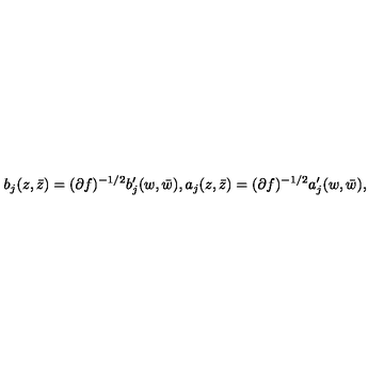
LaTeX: b _ { j } ( z , \bar { z } ) = ( \partial f ) ^ { - 1 / 2 } b _ { j } ^ { \prime } ( w , \bar { w } ) , a _ { j } ( z , \bar { z } ) = ( \partial f ) ^ { - 1 / 2 } a _ { j } ^ { \prime } ( w , \bar { w } ) ,